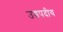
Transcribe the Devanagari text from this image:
उच्चपदीय